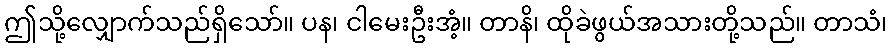
ဤသို့လျှောက်သည်ရှိသော်။ ပန၊ ငါမေးဦးအံ့။ တာနိ၊ ထိုခဲဖွယ်အသားတို့သည်။ တာသံ၊